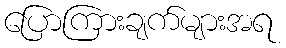
ပြောကြားချက်များအရ